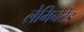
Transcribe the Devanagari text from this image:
लेमिनेटेड